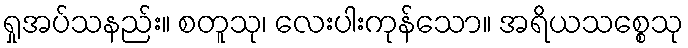
ရှုအပ်သနည်း။ စတူသု၊ လေးပါးကုန်သော။ အရိယသစ္စေသု